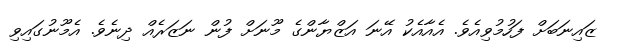
ޒައިނަބަށް ފަހުމުވިއެވެ. އެއާއެކު އޭނަ އަޒްޔާންގެ މޫނަށް ފުން ނަޒަރެއް ދިނެވެ. އެމޫނުގައިވި